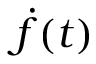
{ \dot { f } } ( t )